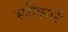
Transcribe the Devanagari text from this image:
स्वीकारें